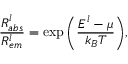
\frac { R _ { a b s } ^ { l } } { R _ { e m } ^ { l } } = \exp \bigg ( \frac { E ^ { l } - \mu } { k _ { B } T } \bigg ) ,